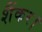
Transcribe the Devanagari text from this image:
शैंकर।